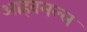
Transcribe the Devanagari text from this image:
आहवमल्ल